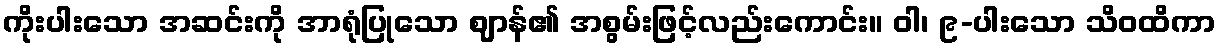
ကိုးပါးသော အဆင်းကို အာရုံပြုသော ဈာန်၏ အစွမ်းဖြင့်လည်းကောင်း။ ဝါ၊ ၉-ပါးသော သိဝထိကာ